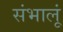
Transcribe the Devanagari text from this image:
संभालूं